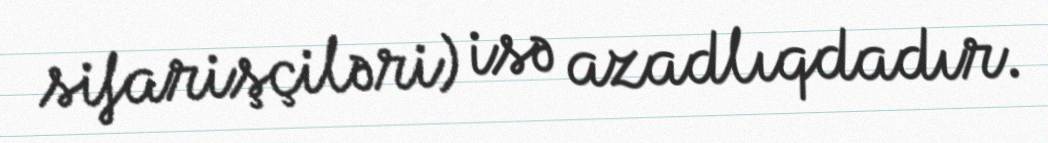
sifarişçiləri) isə azadlıqdadır.